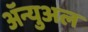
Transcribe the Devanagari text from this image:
ॲन्युअल